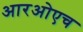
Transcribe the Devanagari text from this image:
आरओएच